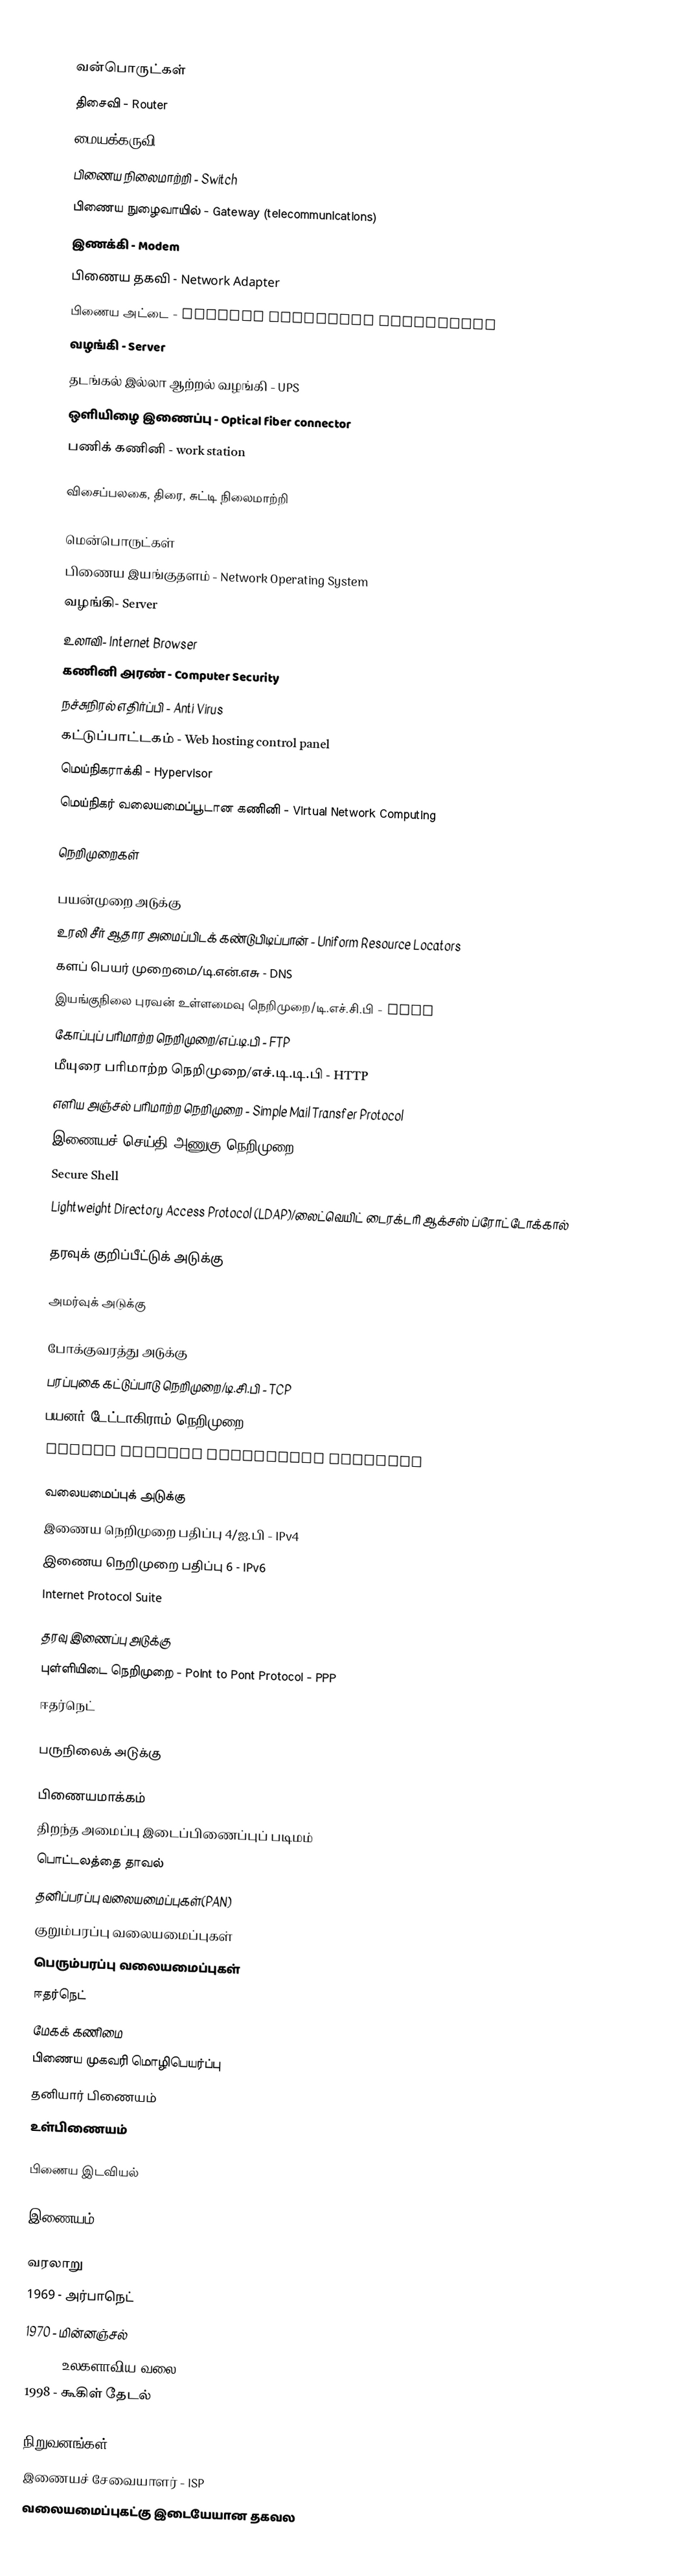

வன்பொருட்கள்
 திசைவி - Router
 மையக்கருவி - Hub
 பிணைய நிலைமாற்றி - Switch
 பிணைய நுழைவாயில் - Gateway (telecommunications)
 இணக்கி - Modem
 பிணைய தகவி - Network Adapter
 பிணைய அட்டை - Network Interface Controller
 வழங்கி - Server
 தடங்கல் இல்லா ஆற்றல் வழங்கி - UPS
 ஒளியிழை இணைப்பு - Optical fiber connector
 பணிக் கணினி - work station

 விசைப்பலகை, திரை, சுட்டி நிலைமாற்றி

மென்பொருட்கள்
 பிணைய இயங்குதளம் - Network Operating System
 வழங்கி- Server
 உலாவி- Internet Browser
 கணினி அரண் - Computer Security
 நச்சுநிரல் எதிர்ப்பி - Anti Virus
 கட்டுப்பாட்டகம் - Web hosting control panel
 மெய்நிகராக்கி - Hypervisor
 மெய்நிகர் வலையமைப்பூடான கணினி - Virtual Network Computing

நெறிமுறைகள்

பயன்முறை அடுக்கு
 உரலி சீர் ஆதார அமைப்பிடக் கண்டுபிடிப்பான் - Uniform Resource Locators
 களப் பெயர் முறைமை/டி.என்.எசு - DNS
 இயங்குநிலை புரவன் உள்ளமைவு நெறிமுறை/டி.எச்.சி.பி - DHCP
 கோப்புப் பரிமாற்ற நெறிமுறை/எப்.டி.பி - FTP
 மீயுரை பரிமாற்ற நெறிமுறை/எச்.டி.டி.பி - HTTP
 எளிய அஞ்சல் பரிமாற்ற நெறிமுறை - Simple Mail Transfer Protocol
 இணையச் செய்தி அணுகு நெறிமுறை - IMAP
 Secure Shell
 Lightweight Directory Access Protocol (LDAP)/லைட்வெயிட் டைரக்டரி ஆக்சஸ் ப்ரோட்டோக்கால்

தரவுக் குறிப்பீட்டுக் அடுக்கு

அமர்வுக் அடுக்கு

போக்குவரத்து அடுக்கு
 பரப்புகை கட்டுப்பாடு நெறிமுறை/டி.சி.பி - TCP
 பயனர் டேட்டாகிராம் நெறிமுறை (UDP)
 Simple Network Management Protocol

வலையமைப்புக் அடுக்கு
 இணைய நெறிமுறை பதிப்பு 4/ஐ.பி - IPv4
 இணைய நெறிமுறை பதிப்பு 6 - IPv6
 Internet Protocol Suite

தரவு இணைப்பு அடுக்கு
 புள்ளியிடை நெறிமுறை - Point to Pont Protocol - PPP
 ஈதர்நெட்

பருநிலைக் அடுக்கு

பிணையமாக்கம்
 திறந்த அமைப்பு இடைப்பிணைப்புப் படிமம்
 பொட்டலத்தை தாவல்
 தனிப்பரப்பு வலையமைப்புகள்(PAN)
 குறும்பரப்பு வலையமைப்புகள்
 பெரும்பரப்பு வலையமைப்புகள்
 ஈதர்நெட்
 மேகக் கணிமை
 பிணைய முகவரி மொழிபெயர்ப்பு
 தனியார் பிணையம்
 உள்பிணையம்

பிணைய இடவியல்

இணையம்

வரலாறு
 1969 - அர்பாநெட்
 1970 - மின்னஞ்சல்
 1989 - உலகளாவிய வலை
 1998 - கூகிள் தேடல்

நிறுவனங்கள்
 இணையச் சேவையாளர் - ISP
 வலையமைப்புகட்கு இடையேயான தகவல